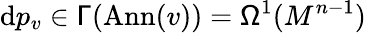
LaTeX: \mathrm{d}p_{v}\in\mathsf{\Gamma}(\mathrm{Ann}(v))=\mathsf{\Omega}^{1}(M^{n-1})